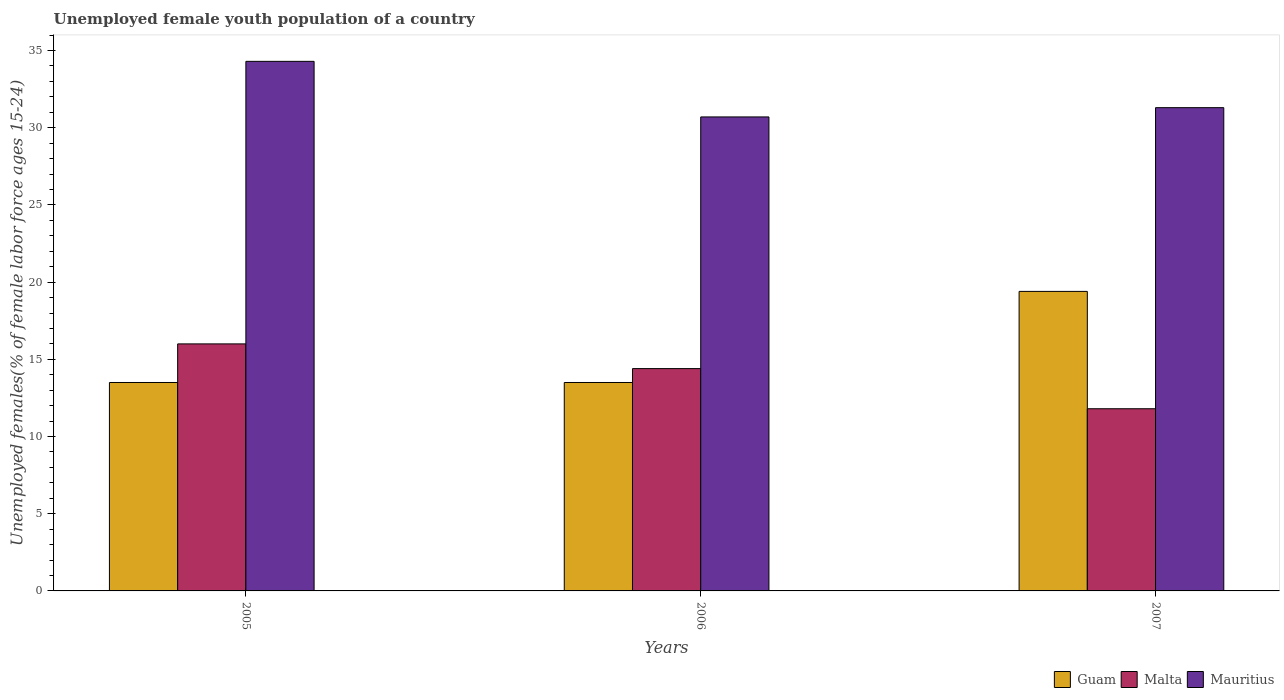
| Years | Guam | Malta | Mauritius |
 | --- | --- | --- | --- |
 | 2005 | 13.5 | 16 | 34.3 |
 | 2006 | 13.5 | 14.4 | 30.7 |
 | 2007 | 19.4 | 11.8 | 31.3 |